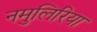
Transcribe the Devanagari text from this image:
नमुलिरिया